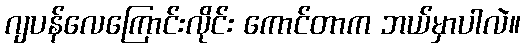
ဂျပန်လေကြောင်းလိုင်း ကောင်တာက ဘယ်မှာပါလဲ။